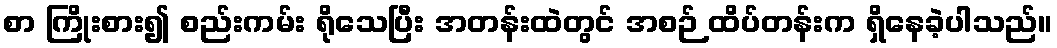
စာ ကြိုးစား၍ စည်းကမ်း ရိုသေပြီး အတန်းထဲတွင် အစဉ် ထိပ်တန်းက ရှိနေခဲ့ပါသည်။